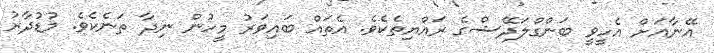
އޭނާއަށް އެހީވީ ބަންގްލަދޭޝްގެ ރައްޔިތެކެވެ. އެތައް ބައިވަރު މީހުން ނިދާ ތަނެކެވެ. މުޑުދާރު